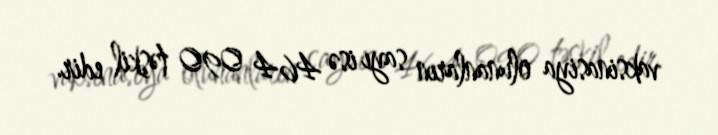
vaksinasiya olunanların sayı isə 464 090 təşkil edir.